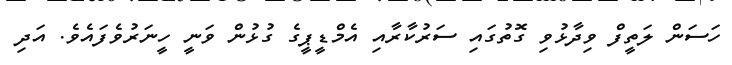
ހަސަން ލަތީފް ވިދާޅުވި ގޮތުގައި ސަރުކާރާއި އެމްޑީޕީގެ ގުޅުން ވަނީ ހީނަރުވެފައެވެ. އަދި